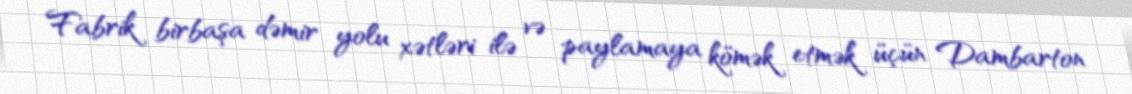
Fabrik birbaşa dəmir yolu xətləri ilə və paylamaya kömək etmək üçün Dambarton